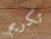
تكريم